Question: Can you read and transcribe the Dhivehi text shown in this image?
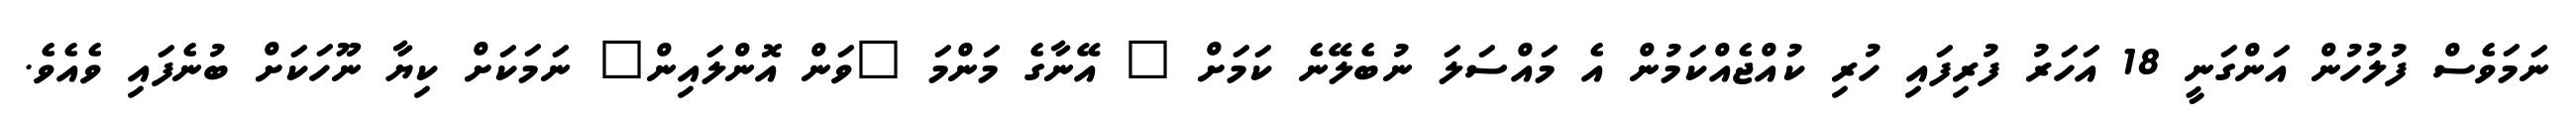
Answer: ނަމަވެސް ފުލުހުން އަންގަނީ 18 އަހަރު ފުރިފައި ހުރި ކުއްޖެއްކަމުން އެ މައްސަލަ ނުބެލޭނެ ކަމަށް " އޭނާގެ މަންމަ "ވަން އޮންލައިން" ނަމަކަށް ކިޔާ ނޫހަކަށް ބުނެފައި ވެއެވެ.